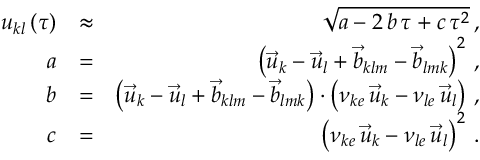
\begin{array} { r l r } { u _ { k l } \left( \tau \right) } & { \approx } & { \sqrt { a - 2 \, b \, \tau + c \, \tau ^ { 2 } } \, , } \\ { a } & { = } & { \left( \vec { u } _ { k } - \vec { u } _ { l } + \vec { b } _ { k l m } - \vec { b } _ { l m k } \right) ^ { 2 } \, , } \\ { b } & { = } & { \left( \vec { u } _ { k } - \vec { u } _ { l } + \vec { b } _ { k l m } - \vec { b } _ { l m k } \right) \cdot \left( \nu _ { k e } \, \vec { u } _ { k } - \nu _ { l e } \, \vec { u } _ { l } \right) \, , } \\ { c } & { = } & { \left( \nu _ { k e } \, \vec { u } _ { k } - \nu _ { l e } \, \vec { u } _ { l } \right) ^ { 2 } \, . } \end{array}